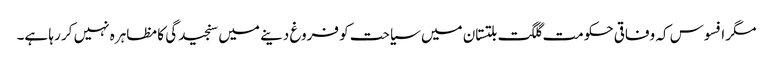
مگر افسوس کہ وفاقی حکومت گلگت بلتستان میں سیاحت کو فروغ دینے میں سنجیدگی کا مظاہرہ نہیں کر رہا ہے۔